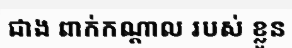
ជាង ពាក់កណ្តាល របស់ ខ្លួន